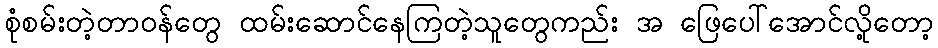
စုံစမ်းတဲ့တာဝန်တွေ ထမ်းဆောင်နေကြတဲ့သူတွေကည်း အ ဖြေပေါ်အောင်လို့တော့